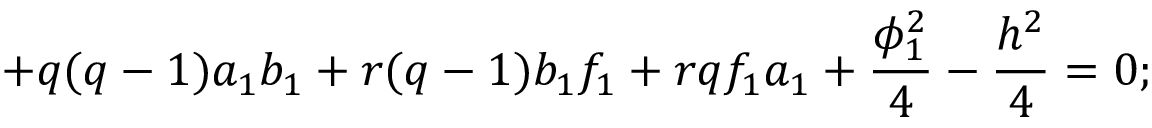
+ q ( q - 1 ) a _ { 1 } b _ { 1 } + r ( q - 1 ) b _ { 1 } f _ { 1 } + r q f _ { 1 } a _ { 1 } + \frac { \phi _ { 1 } ^ { 2 } } { 4 } - \frac { h ^ { 2 } } { 4 } = 0 ;